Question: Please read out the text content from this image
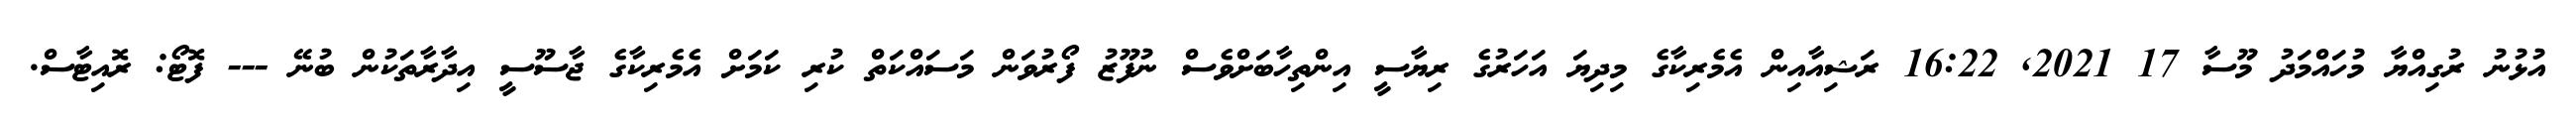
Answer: އުޅުނު ރުގިއްޔާ މުހައްމަދު މޫސާ 17 2021, 16:22 ރަޝިއާއިން އެމެރިކާގެ މިދިޔަ އަހަރުގެ ރިޔާސީ އިންތިހާބަށްވެސް ނުފޫޒު ފޯރުވަން މަސައްކަތް ކުރި ކަމަށް އެމެރިކާގެ ޖާސޫސީ އިދާރާތަކުން ބުނޭ --- ފޮޓޯ: ރޮއިޓާސް.